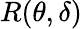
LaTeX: R(\theta,\delta)